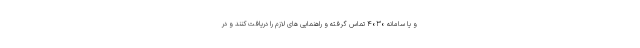
و یا سامانه ۴۰۳۰ تماس گرفته و راهنمایی های لازم را دریافت کنند و در